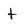
Character: t